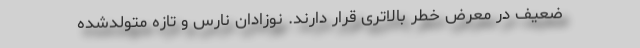
ضعیف در معرض خطر بالاتری قرار دارند. نوزادان نارس و تازه متولدشده